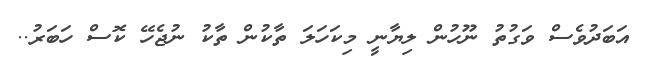
އަބަދުވެސް ވަގުތު ނޫހުން ލިޔާނީ މިކަހަލަ ތާކުން ތާކު ނުޖެހޭ ކޮސް ހަބަރު..